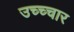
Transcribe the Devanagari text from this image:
उच्च्चार